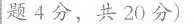
题4分，共20分)